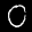
Label: 0